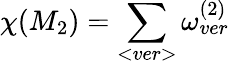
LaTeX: \chi(M_{2})=\sum_{<ver>}\omega_{ver}^{(2)}